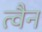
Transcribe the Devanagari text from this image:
त्वैन